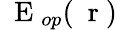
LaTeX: {\mathrm{~\mathbf~E~}}_{op}(\mathrm{~\mathbf~r~})